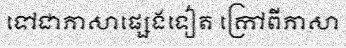
ទៅជាភាសាផ្សេងទៀត ក្រៅពីភាសា